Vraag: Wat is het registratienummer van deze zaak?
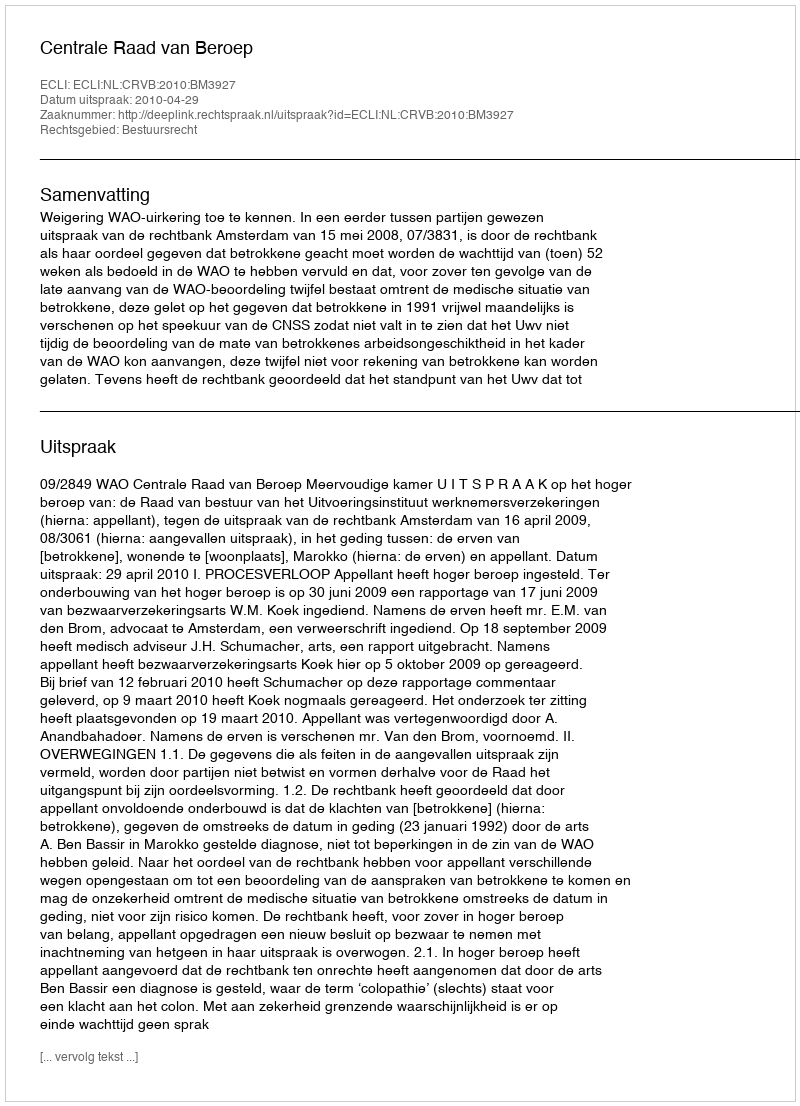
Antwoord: http://deeplink.rechtspraak.nl/uitspraak?id=ECLI:NL:CRVB:2010:BM3927